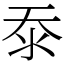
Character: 沗